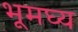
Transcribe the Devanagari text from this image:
भूमघ्य